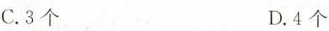
C.3 个 D.4 个